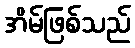
အိမ်ဖြစ်သည်